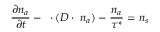
\frac { \partial n _ { a } } { \partial t } - \triangledown \cdot ( D \cdot \triangledown n _ { a } ) - \frac { n _ { a } } { \tau ^ { * } } = n _ { s }